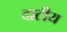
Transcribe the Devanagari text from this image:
दाटीय